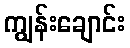
ကျွန်းချောင်း